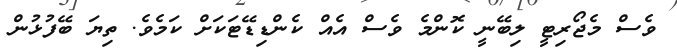
ވެސް މެޖޯރިޓީ ލިބޭނީ ކޮންމެ ވެސް އެއް ކެންޑިޑޭޓަކަށް ކަމެވެ. ތިޔަ ބޭފުޅުން